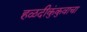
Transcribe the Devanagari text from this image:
हळदीकुंकुवाचा